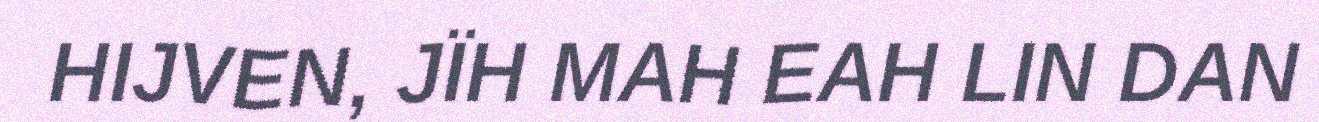
HIJVEN, JÏH MAH EAH LIN DAN